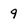
Character: 9